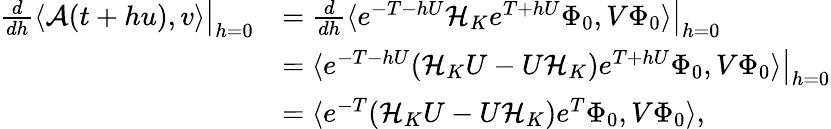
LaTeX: \begin{array}{rl}{\left.\frac{d}{dh}\langle\mathcal{A}(t+hu),v\rangle\right|_{h=0}}&{=\left.\frac{d}{dh}\langle e^{-T-hU}\mathcal{H}_{K}e^{T+hU}\Phi_{0},V\Phi_{0}\rangle\right|_{h=0}}\\ &{=\left.\langle e^{-T-hU}(\mathcal{H}_{K}U-U\mathcal{H}_{K})e^{T+hU}\Phi_{0},V\Phi_{0}\rangle\right|_{h=0}}\\ &{=\langle e^{-T}(\mathcal{H}_{K}U-U\mathcal{H}_{K})e^{T}\Phi_{0},V\Phi_{0}\rangle,}\end{array}